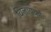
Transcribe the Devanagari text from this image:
विलायकां